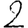
Digit: 2